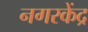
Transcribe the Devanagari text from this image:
नगरकेंद्र